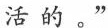
活的。”